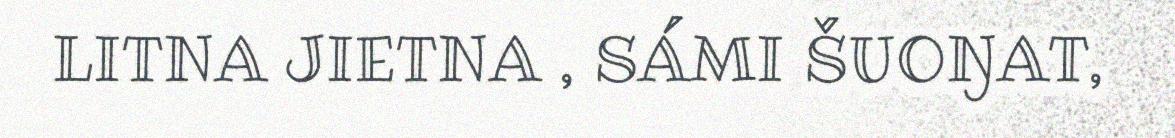
LITNA JIETNA , SÁMI ŠUOŊAT,